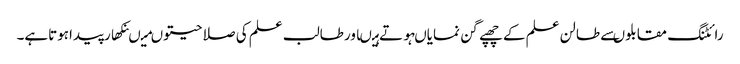
رائٹنگ مقابلوںسے طالن علم کے چھپے گن نمایاںہوتے ہیںاورطالب علم کی صلا حیتوںمیںنکھارپیداہوتاہے۔